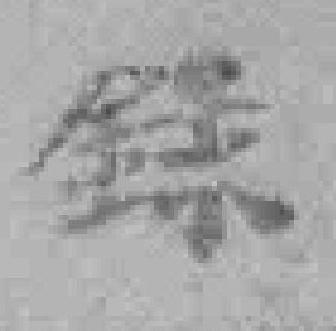
錄